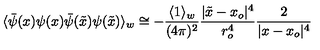
\langle \bar { \psi } ( x ) \psi ( x ) \bar { \psi } ( \tilde { x } ) \psi ( \tilde { x } ) \rangle _ { w } \cong - { \frac { \langle 1 \rangle _ { w } } { ( 4 \pi ) ^ { 2 } } } { \frac { \vert \tilde { x } - x _ { o } \vert ^ { 4 } } { r _ { o } ^ { 4 } } } { \frac { 2 } { \vert x - x _ { o } \vert ^ { 4 } } }